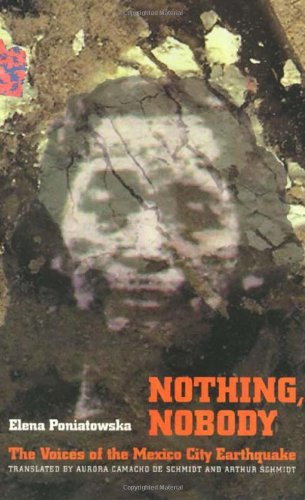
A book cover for Nothing, Nobody: The Voices Of the Mexico City Earthquake; Elena Poniatowska; Science & Math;